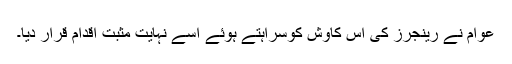
عوام نے رینجرز کی اس کاوش کوسراہتے ہوئے اسے نہایت مثبت اقدام قرار دیا۔